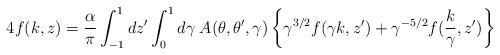
LaTeX: \begin{align*} 4f(k,z) ={\alpha\over\pi} \int_{-1}^1 dz' \int_0^1 d\gamma\; A(\theta,\theta',\gamma) \left\{\gamma^{3/2} f(\gamma k,z')+\gamma^{-5/2} f({k\over\gamma},z')\right\}\end{align*}